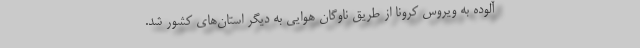
آلوده به ویروس کرونا از طریق ناوگان هوایی به دیگر استان‌های کشور شد.